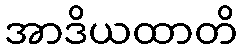
အာဒိယထာတိ